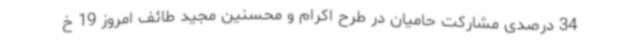
34 درصدی مشارکت حامیان در طرح اکرام و محسنین مجید طائف امروز 19 خ